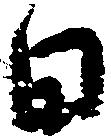
日